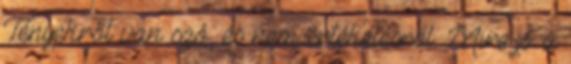
Tényekről van szó, és nem értékelésről. Mire jó a